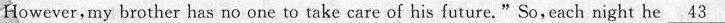
However, my brother has no one to take care of his future."So, each night he \underline{43}